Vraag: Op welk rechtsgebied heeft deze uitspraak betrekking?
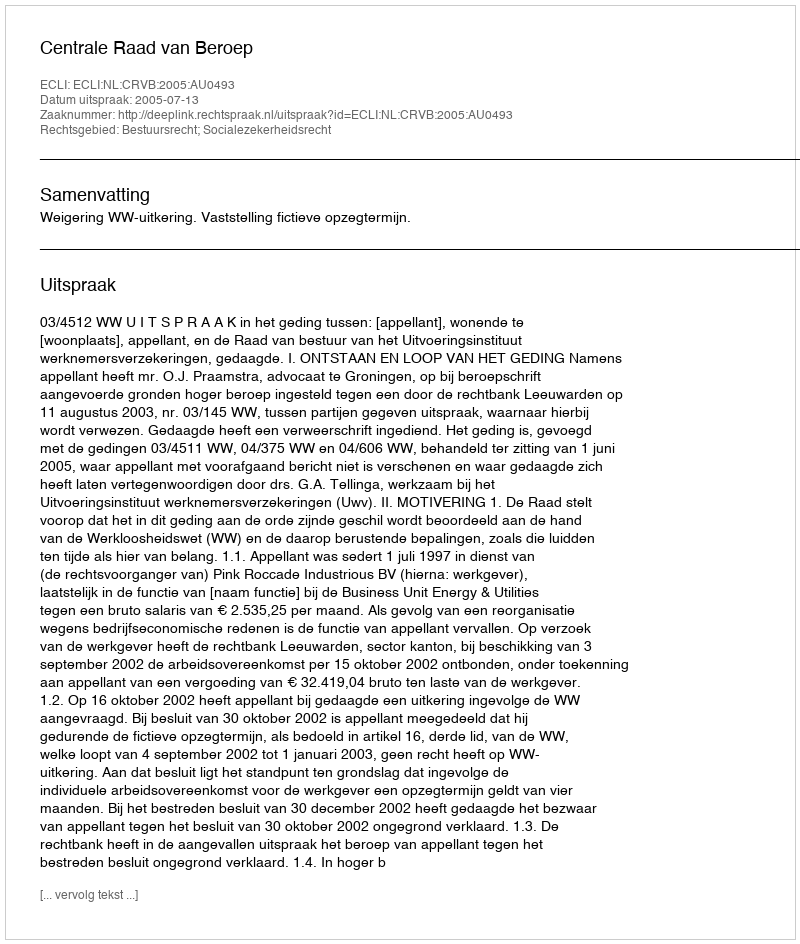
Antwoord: Bestuursrecht; Socialezekerheidsrecht